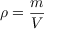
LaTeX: \rho = { \frac { m } { V } }